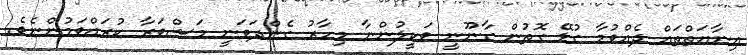
އިނާޔަތްތައް ދެއްވުމާ ގުޅޭ ގޮތުން ގާނޫނީ ވަކީލުންނާ މިހާރު ގެންދަވަނީ މަޝްވަރާ ކުރައްވަމުންނެވެ.